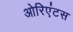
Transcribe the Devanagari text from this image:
ओरिएंटस